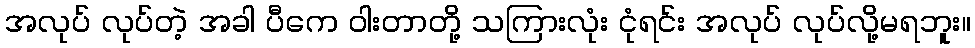
အလုပ် လုပ်တဲ့ အခါ ပီကေ ဝါးတာတို့ သကြားလုံး ငုံရင်း အလုပ် လုပ်လို့မရဘူး။